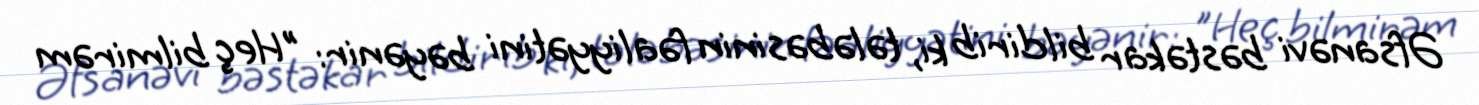
Əfsanəvi bəstəkar bildirib ki, tələbəsinin fəaliyyətini bəyənir: "Heç bilmirəm